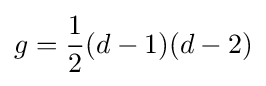
g={1 \over 2}(d-1)(d-2)